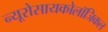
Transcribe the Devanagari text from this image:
न्यूरोसायकोलॉजिकल